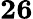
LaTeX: \mathbf{26}